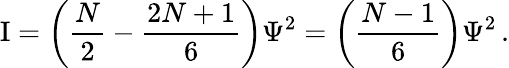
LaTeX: \mathrm{I}=\left({\frac{N}{2}}-{\frac{2N+1}{6}}\right)\Psi^{2}=\left({\frac{N-1}{6}}\right)\Psi^{2}\, .